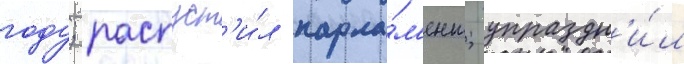
году; распуст'и́л парла́м'ент; упраздн'и́л